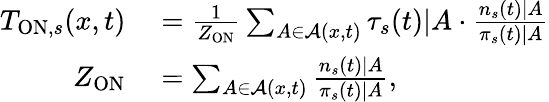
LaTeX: \begin{array}{rl}{T_{\mathrm{ON},s}(x,t)}&{{}=\frac{1}{Z_{\mathrm{ON}}}\sum_{A\in\mathcal{A}(x,t)}\tau_{s}(t)|A\cdot\frac{n_{s}(t)|A}{\pi_{s}(t)|A}}\\ {Z_{\mathrm{ON}}}&{{}=\sum_{A\in\mathcal{A}(x,t)}\frac{n_{s}(t)|A}{\pi_{s}(t)|A},}\end{array}